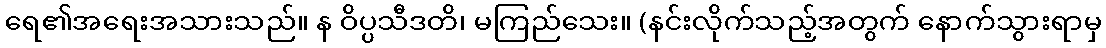
ရေ၏အရေးအသားသည်။ န ဝိပ္ပသီဒတိ၊ မကြည်သေး။ (နင်းလိုက်သည့်အတွက် နောက်သွားရာမှ